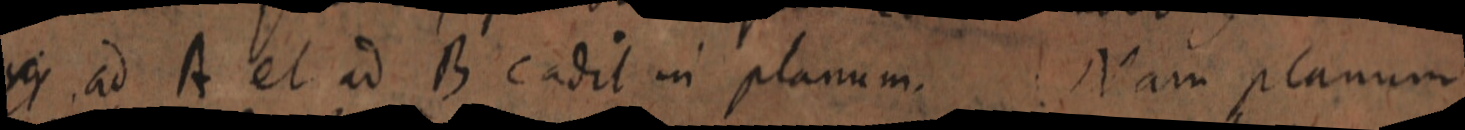
in ad A et ad B eadit in planum. Nam planum